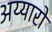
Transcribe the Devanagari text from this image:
अय्यारों